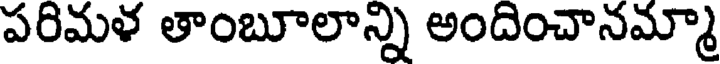
పరిమళ తాంబూలాన్ని అందించానమ్మా